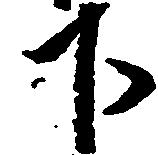
下